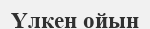
Үлкен ойын